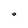
Character: O